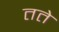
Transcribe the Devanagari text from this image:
तते